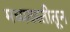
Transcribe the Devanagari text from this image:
मध्यवस्तीतून